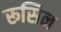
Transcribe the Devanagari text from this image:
रूसिन